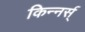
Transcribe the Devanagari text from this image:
किन्नर्स्